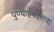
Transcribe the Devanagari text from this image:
पुण्याईबद्दलचा